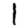
Digit: 1